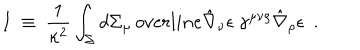
LaTeX: I ~ \equiv ~ \frac { 1 } { \kappa ^ { 2 } } \int _ { \Sigma } d \Sigma _ { \mu } \, o v e r l i n e { \hat { \nabla } _ { \nu } \epsilon } \ \gamma ^ { \mu \nu \rho } \hat { \nabla } _ { \rho } \epsilon \ \ .